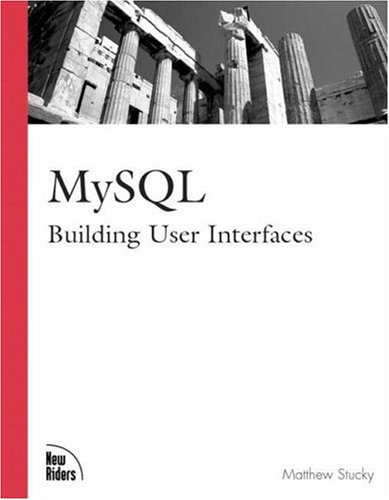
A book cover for MySQL: Building User Interfaces (Landmark); Matthew Stucky; Computers & Technology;